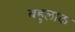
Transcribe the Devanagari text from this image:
बहुलांक